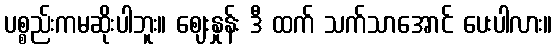
ပစ္စည်းကမဆိုးပါဘူး။ ဈေးနှုန်း ဒီ ထက် သက်သာအောင် ပေးပါလား။